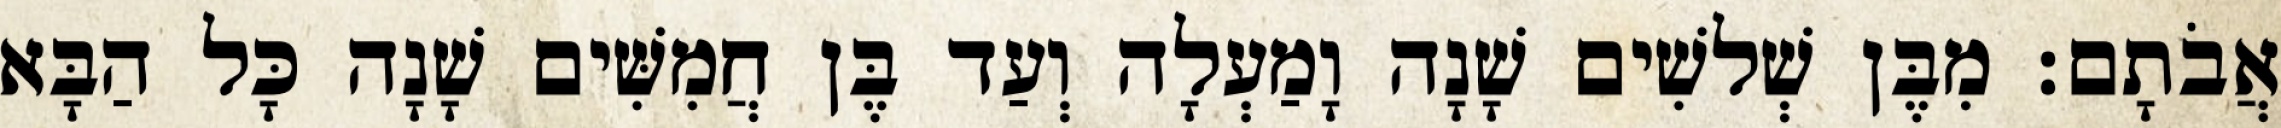
אֲבֹתָם׃ מִבֶּן שְׁלשִׁים שָׁנָה וָמַעְלָה וְעַד בֶּן חֲמִשִּׁים שָׁנָה כָּל הַבָּא